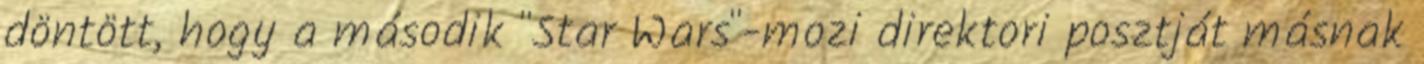
döntött, hogy a második "Star Wars"-mozi direktori posztját másnak